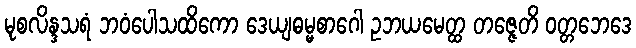
မုစလိန္ဒသရံ ဘဝံပေါသထိကော ဒေယျဓမ္မစာဂေါ ဥဘယမေတ္ထ တဇ္ဇေတိ ဝတ္တဘေဒေ